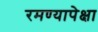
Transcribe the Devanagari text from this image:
रमण्यापेक्षा